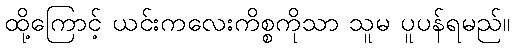
ထို့ကြောင့် ယင်းကလေးကိစ္စကိုသာ သူမ ပူပန်ရမည်။